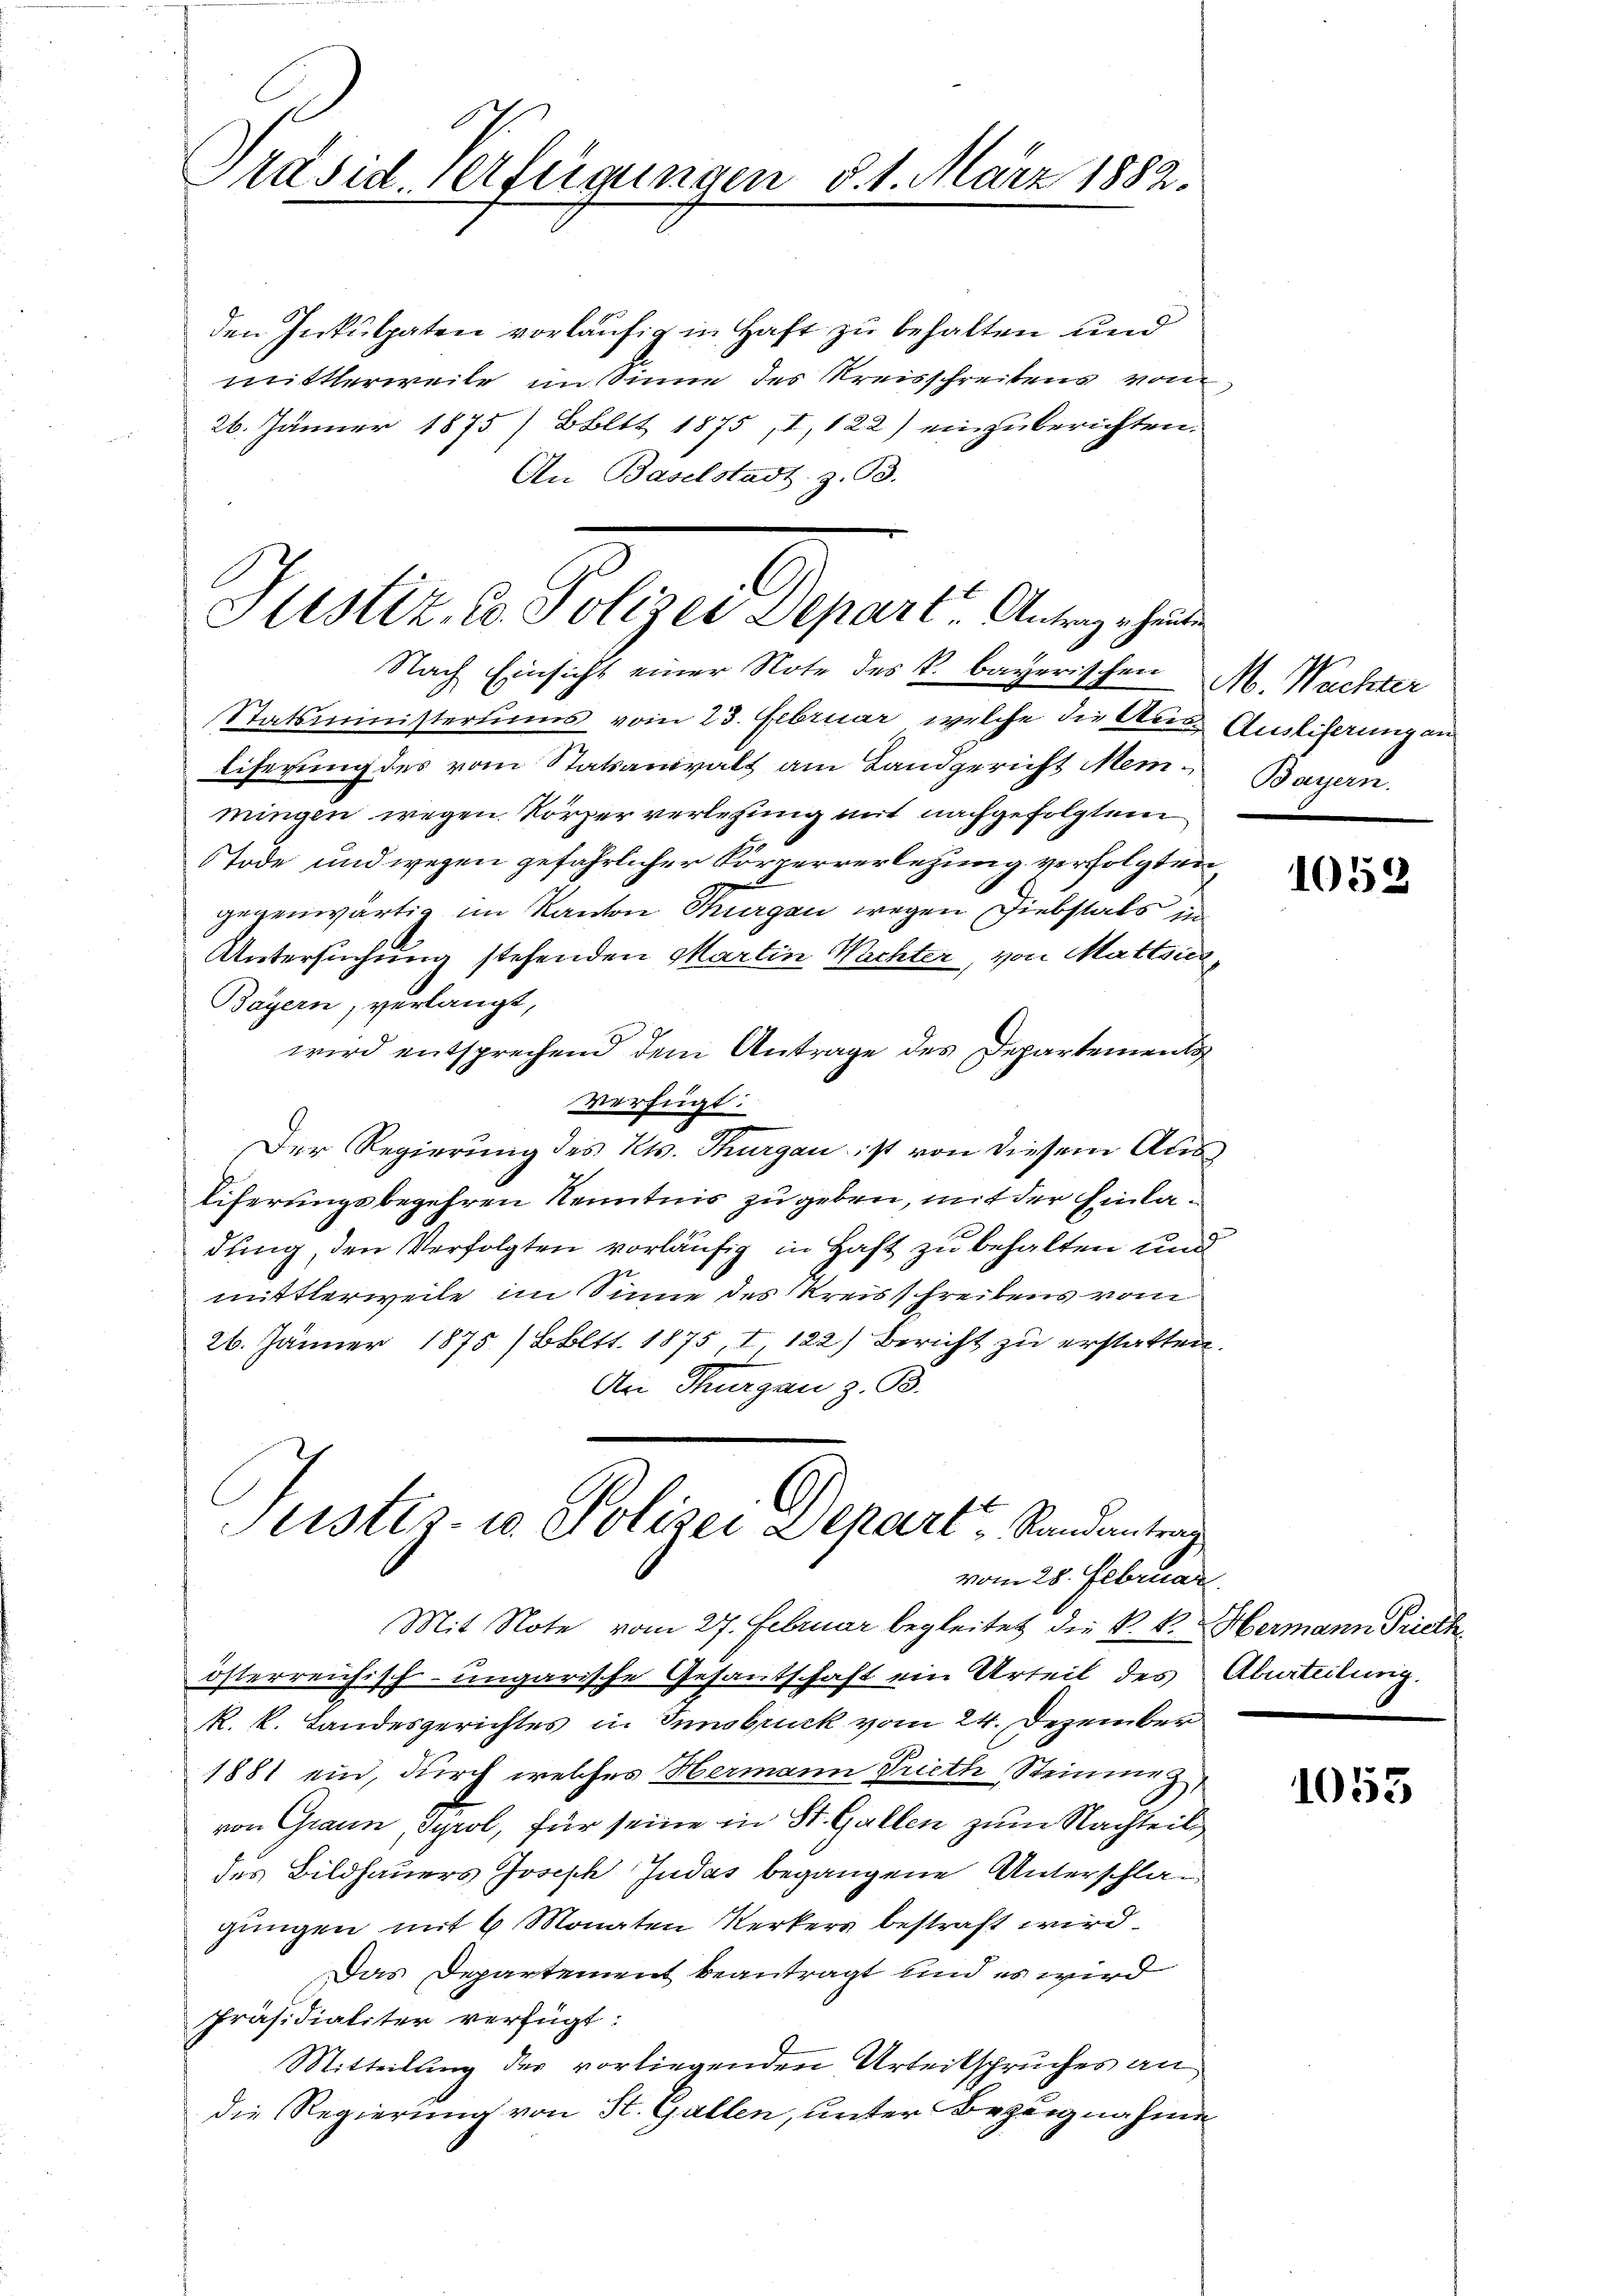
Präsid. Verfügungen d. 1. März 1882.

den Inkulpaten vorläufig in Haft zu behalten und
mittlerweile insinne des Kreisschreibens vom
26. Jänner 1875) Bbltt 1875, I, 122) einzuberichten.
An Baselstadt, z. B.
Nach Einsicht einer Note des k. bayerischen M. Wachter
Statsministeriums vom 23. Februar, welche die Aus Auslieferung an
liferung des vom Statsanwalt am Landgericht Mei- Bayern.
mingen wegen Körper verlesung mit nachgefolgtem
Tode und wegen gefährlicher Körperverlegung verfolgten
gegenwärtig im Kanton Thurgau wegen Diebstals in
Untersuchung stehenden Martin Wachter, von Mattier
Bayern, verlangt,
wird entsprechend dem Antrage des Departements
verfügt:
Der Regierung des Kts. Thurgau ist von diesem Ausliferungsbegehren Kenntnis zu geben, mit der Einladung, den Verfolgten vorläufig in Haft zu behalten und
mittlerweile im Sinne des Kreisschreibens vom
26. Jänner 1875 / Bbltt. 1875 I 122) Bericht zu erstatten.
An Thurgau z. B.
ustiz- u. Polizei Depart Randantrag
vom 28. Februar.
Mit Note vom 27. Februar begleitet die k. k. Hermann Prieth
österreichisch-ungarische Gesandschaft ein Urteil des Aburteilung.
R. k. Landesgerichtes in Innsbruck vom 24. Dezember
1881 ein, durch welches Hermann Trieth Steinmig,
von Grann, Syrol, für seine in St. Gallen zum Nachteil,
des Bildhauers Joseph Judas begangene Unterschlagungen mit 6 Monaten Kerkers bestraft wird.
Das Departement beantragt und es wird
Präsidialiter verfügt:
Mitteilung der vorliegenden Urteilspruches an
die Regierung von St. Gallen, unter Bezugnahme

Justiz in Folger Departe Angehen

1052

1053